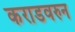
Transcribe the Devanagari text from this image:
कराडवरुन